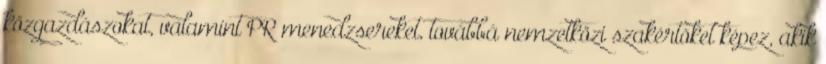
közgazdászokat, valamint PR menedzsereket, továbbá nemzetközi szakértõket képez, akik